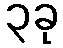
၃ခု